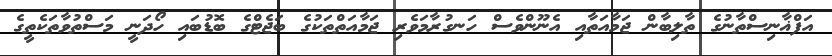
އަފްޣާނިސްތާނުގެ ތާލިބާން ޖަމާއަތާއި އެނޫންވެސް ހަނގުރާމަވެރި ޖަމާއަތްތަކުގެ ބަޖެޓްގެ ބޮޑުބައި ހޯދަނީ މަސްތުވާތަކެތީގެ